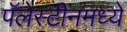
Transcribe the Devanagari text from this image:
पॅलेस्टीनमध्ये